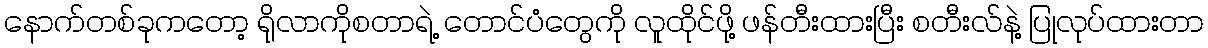
နောက်တစ်ခုကတော့ ရိုလာကိုစတာရဲ့ တောင်ပံတွေကို လူထိုင်ဖို့ ဖန်တီးထားပြီး စတီးလ်နဲ့ ပြုလုပ်ထားတာ